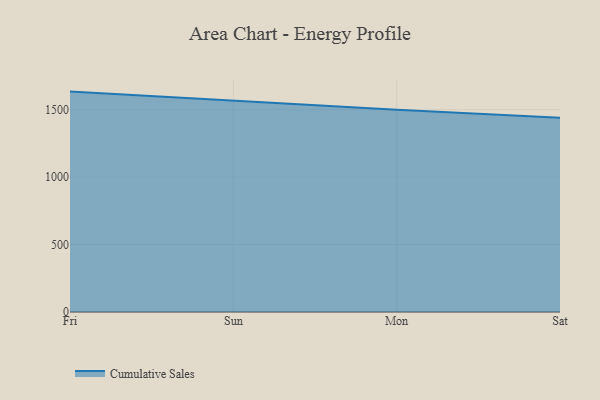
{"axis": {"x": "Day", "y": "Conversion Rate (%)"}, "legend": ["Cumulative Sales"], "data": [{"x": "Fri", "y": 1633.7, "type": "Cumulative Sales"}, {"x": "Sun", "y": 1567.5, "type": "Cumulative Sales"}, {"x": "Mon", "y": 1499.8, "type": "Cumulative Sales"}, {"x": "Sat", "y": 1439.8, "type": "Cumulative Sales"}]}